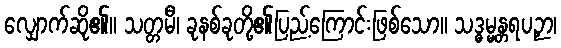
လျှောက်ဆို၏။ သတ္တမီ၊ ခုနစ်ခုတို့၏ပြည့်ကြောင်းဖြစ်သော။ သဒ္ဓမ္မန္တရပဉှာ၊